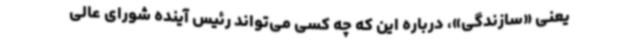
یعنی «سازندگی»، درباره این که چه کسی می‌تواند رئیس آینده شورای عالی